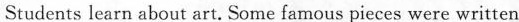
Srudents learn about art. Some famous pieces were written